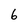
Character: 6